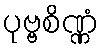
ပုဗ္ဗစိဏ္ဏံ